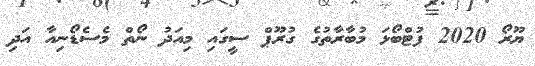
ޔޫރޯ 2020 ފުޓްބޯޅަ މުބާރާތުގެ ގުރޫޕް ސީގައި މިއަދު ނޯތް މެސެޑޯނިއާ އަދި